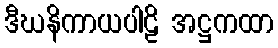
ဒီဃနိကာယပါဠိ အဋ္ဌကထာ